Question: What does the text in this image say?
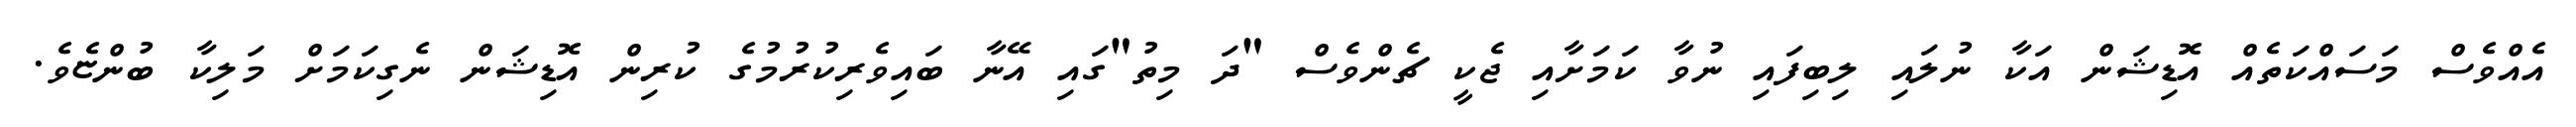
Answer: އެއްވެސް މަސައްކަތެއް އޮޑިޝަން އަކާ ނުލައި ލިބިފައި ނުވާ ކަމަށާއި ޖެކީ ޗެންވެސް "ދަ މިތު"ގައި އޭނާ ބައިވެރިކުރުމުގެ ކުރިން އޮޑިޝަން ނެގިކަމަށް މަލިކާ ބުންޏެވެ.